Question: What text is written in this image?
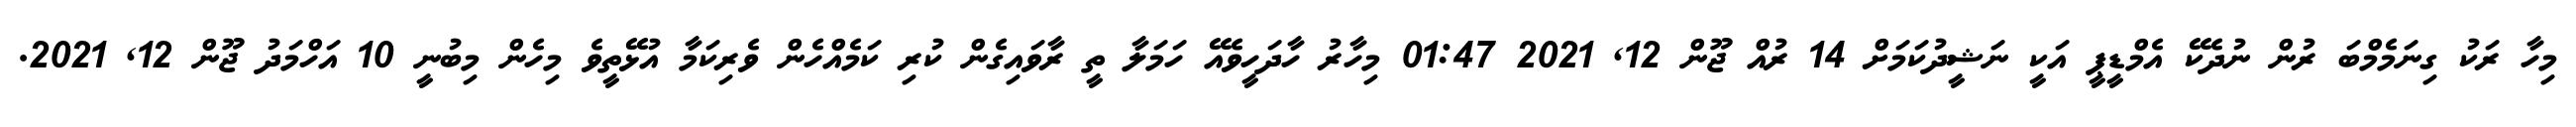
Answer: މިހާ ރަކު ގިނަމެމްބަ ރުން ނުދެކޭ އެމްޑީޕީ އަކީ ނަޝީދުކަމަށް 14 ރުއް ޖޫން 12, 2021 01:47 މިހާރު ހާދަހީވެއޭ ހަމަލާ ތީ ރާވައިގެން ކުރި ކަމެއްހެން ވެރިކަމާ އުޅޭތީވެ މިހެން މިބުނީ 10 އަހްމަދު ޖޫން 12, 2021.